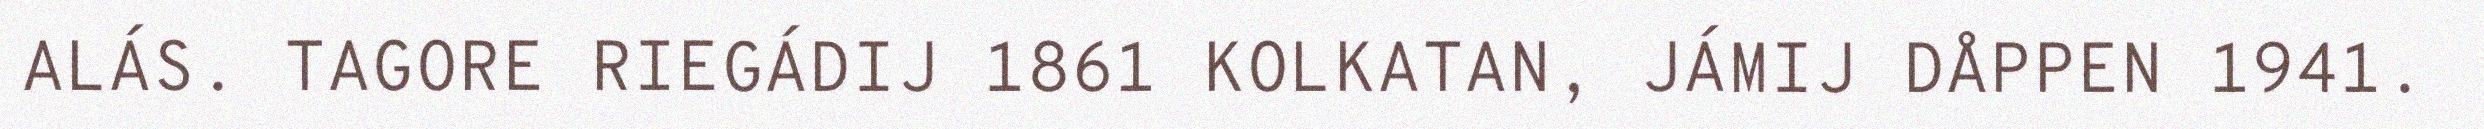
ALÁS. TAGORE RIEGÁDIJ 1861 KOLKATAN, JÁMIJ DÅPPEN 1941.